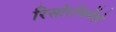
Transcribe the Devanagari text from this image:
रिसोरजिमेंतो